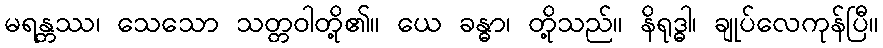
မရန္တဿ၊ သေသော သတ္တဝါတို့၏။ ယေ ခန္ဓာ၊ တို့သည်။ နိရုဒ္ဓါ၊ ချုပ်လေကုန်ပြီ။